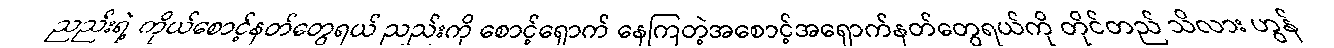
ညည်းရဲ့ ကိုယ်စောင့်နတ်တွေရယ် ညည်းကို စောင့်ရှောက် နေကြတဲ့အစောင့်အရှောက်နတ်တွေရယ်ကို တိုင်တည် သိလား ဟွန်